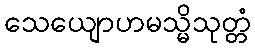
သေယျောဟမသ္မိသုတ္တံ